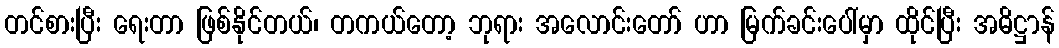
တင်စားပြီး ရေးတာ ဖြစ်နိုင်တယ်၊ တကယ်တော့ ဘုရား အလောင်းတော် ဟာ မြက်ခင်းပေါ်မှာ ထိုင်ပြီး အဓိဋ္ဌာန်